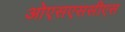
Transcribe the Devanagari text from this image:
ओएसएससीएस